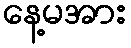
နေ့မအား